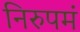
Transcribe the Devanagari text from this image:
निरुपमं